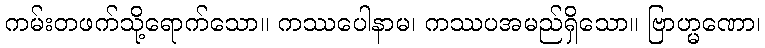
ကမ်းတဖက်သို့ရောက်သော။ ကဿပေါနာမ၊ ကဿပအမည်ရှိသော။ ဗြာဟ္မဏော၊